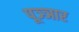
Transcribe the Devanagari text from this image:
पूञ्ञार